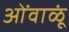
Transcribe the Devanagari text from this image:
ओंवाळूं